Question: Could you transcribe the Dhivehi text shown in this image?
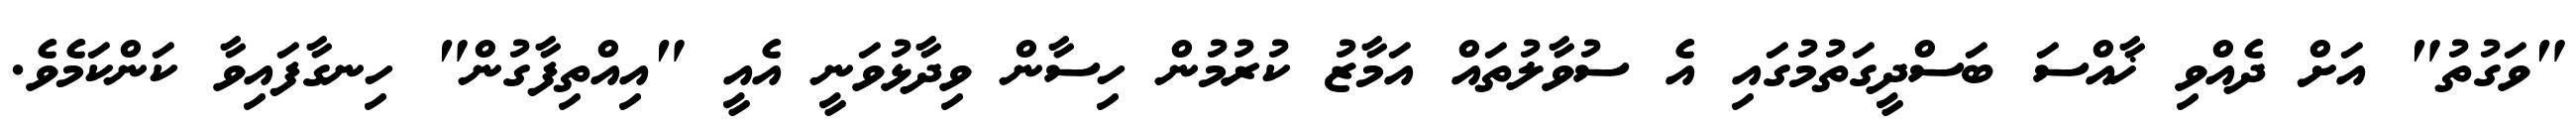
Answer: "ވަގުތު" އަށް ދެއްވި ޚާއްސަ ބަސްދީގަތުމުގައި އެ ސުވާލުތައް އަމާޒު ކުރުމުން ހިސާން ވިދާޅުވަނީ އެއީ "އިއްތިފާގުން" ހިނގާފައިވާ ކަންކަމެވެ.